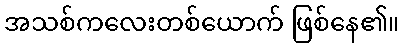
အသစ်ကလေးတစ်ယောက် ဖြစ်နေ၏။